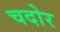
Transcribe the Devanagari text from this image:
चदोर